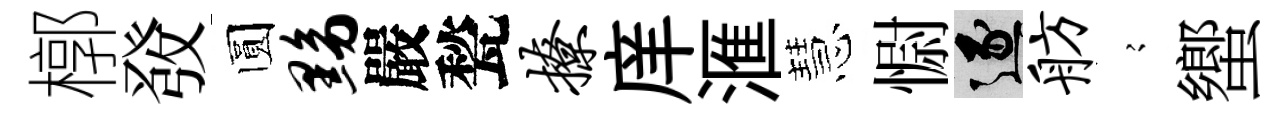
槨𤼲圆黝嚴甃撩庠滙慧𢠢逐舫𡪹蠁